Vaccination in Bombay 1863-1868 - 1863-1868
Year: 1863
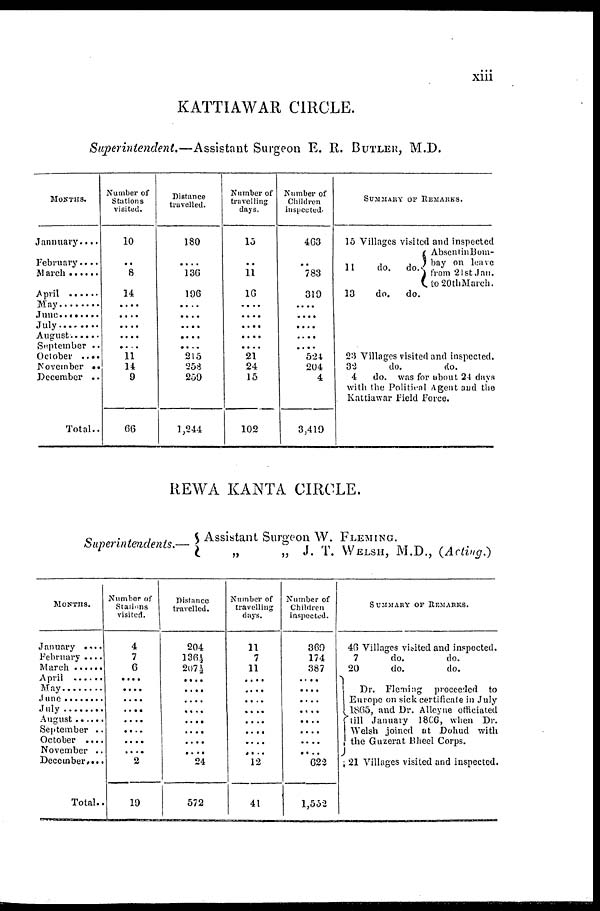
xiii
KATTIAWAR CIRCLE.
Superintendent.—Assistant
Surgeon E. R. BUTLER, M.D.
MONTHS.
Jannuary....
February....
March ......
April .........
May ............
June .........
July
August .......
September ..
October ....
November ..
December ..
Total..
Number of
Stations
visited.
10
..
8
14
....
....
....
....
....
11
14
9
66
Distance
travelled.
180
....
136
196
....
....
....
....
....
215
258
259
1,244
Number of
travelling
days.
15
..
11
16
....
....
....
....
....
21
24
15
102
Number of
Children
inspected.
463
..
783
319
....
....
....
....
....
524
204
4
3,419
SUMMARY OF REMARKS.
15 Villages visited and inspected
11
do. do.
Absent in Bom-
bay on leave
from 21st Jan.
to 20th March.
13
do.
do.
23 Villages visited and inspected.
32
do.
do.
4
do. was for about 24 days
with the Political Agent and the
Kattiawar Field Force.
REWA KANTA CIRCLE.
Superintendents.—
Assistant Surgeon W. FLEMING.
„
„ J. T. WELSH, M.D., (Acting.)
MONTHS.
January ....
February ....
March ........
April ..........
May ...........
June ...........
July ............
August ........
September ..
October ....
November ..
December....
Total..
Number of
Stations
visited.
4
7
6
....
....
....
....
....
....
....
.... 2
19
Distance
travelled.
204
136½
207½
....
....
....
....
....
....
....
.... 24
572
Number of
travelling
days.
11
7
11
....
....
....
....
....
....
....
....
12
41
Number of
Children
inspected.
369
174
387
....
....
....
....
....
....
....
.... 622
1,552
SUMMARY OF REMARKS.
46 Villages visited and inspected.
7
do.
do.
20
do.
do.
Dr. Fleming proceeded to
Europe on sick certificate in July
1865, and Dr. Alleyne officiated
till January 1806, when Dr.
Welsh joined at Dohud with
the Guzerat Bheel Corps.
21 Villages visited and inspected.